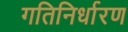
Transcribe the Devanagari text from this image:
गतिनिर्धारण